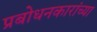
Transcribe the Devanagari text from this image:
प्रबोधनकारांच्या